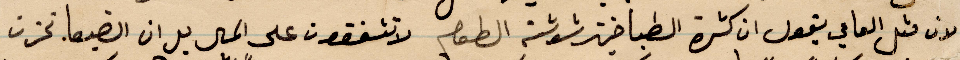
لان مثل العامي يقول ان كثرة الطباخين شوشت الطعان لا تتفقون على الحال بل ان الضيعا تحزن